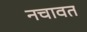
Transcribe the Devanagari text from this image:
नचावत